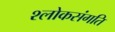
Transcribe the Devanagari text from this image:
श्लोकसंगति